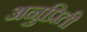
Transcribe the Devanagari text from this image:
अनुप्रिती